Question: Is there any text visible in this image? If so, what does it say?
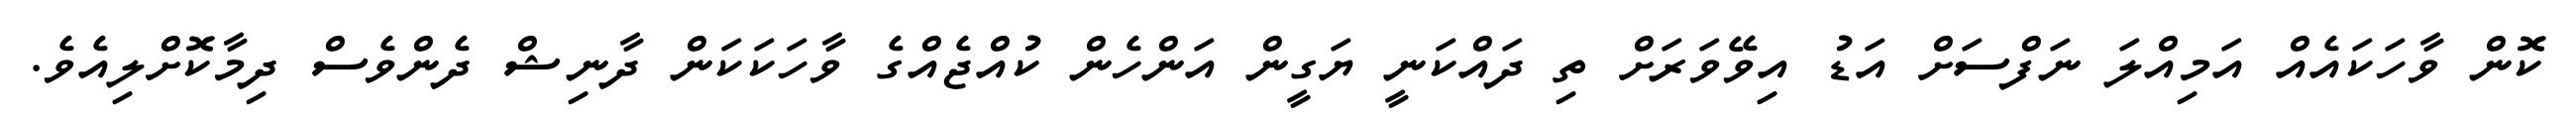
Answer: ކޮން ވާހަކައެއް އަމިއްލަ ނަފްސަށް އަޑު އިވޭވަރަށް ތި ދައްކަނީ ޔަގީން އަންހެން ކުއްޖެއްގެ ވާހަކަކަން ދާނިޝް ދެންވެސް ދިމާކޮށްލިއެވެ.